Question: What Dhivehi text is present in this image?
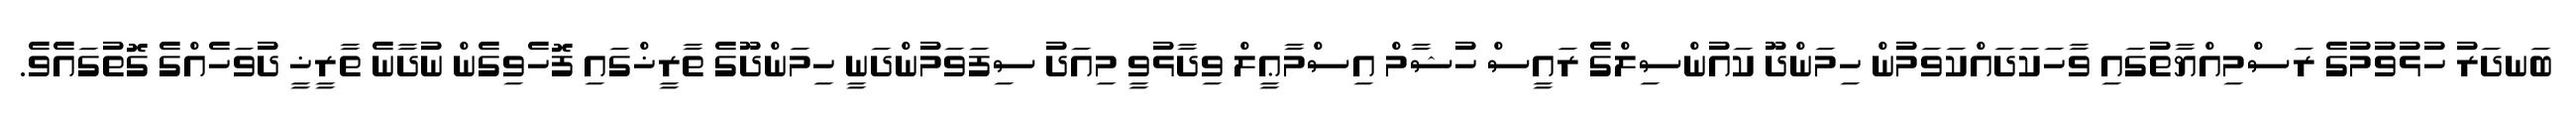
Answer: ބަނދަރު ހުޅުވުމުގެ ރަސްމިއްޔާތުގައި ވާހަކަދައްކަވަމުން ހިމަންދޫ ކައުންސިލްގެ ރައީސް ހުޝާމް އިސްމާޢީލް ވިދާޅުވީ މިއަދު ސިފަވަމުންދަނީ ހިމަންދޫގެ ތާރީޚްގައި ފޮހެވިގެން ނުދާނެ ތާރީޚީ ދުވަހެއްގެ ގޮތުގައެވެ.